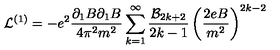
{ \cal L } ^ { ( 1 ) } = - e ^ { 2 } \frac { \partial _ { 1 } B \partial _ { 1 } B } { 4 \pi ^ { 2 } m ^ { 2 } } \sum _ { k = 1 } ^ { \infty } \frac { { \cal B } _ { 2 k + 2 } } { 2 k - 1 } \left( \frac { 2 e B } { m ^ { 2 } } \right) ^ { 2 k - 2 }